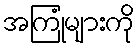
အကြုံများကို